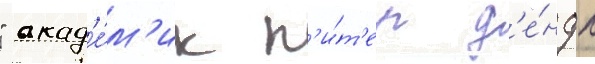
" акад'е́м'ик п'и́т'ер д'е́ндл